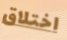
اختلاق